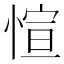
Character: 愃